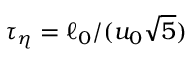
\tau _ { \eta } = \ell _ { 0 } / ( u _ { 0 } \sqrt { { 5 } } )